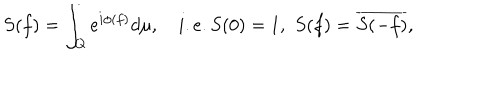
S ( f ) = \int _ { Q } e ^ { i \phi ( f ) } d \mu , \quad i . e . S ( 0 ) = 1 , \, \, S ( f ) = \overline { { { S ( - f ) } } } , \nonumber